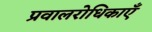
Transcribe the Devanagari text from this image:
प्रवालरोधिकाएँ